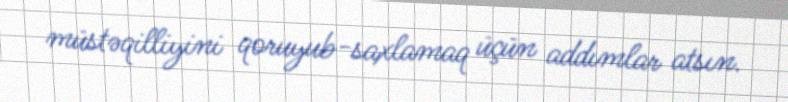
müstəqilliyini qoruyub-saxlamaq üçün addımlar atsın.